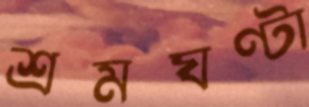
শ্রমঘণ্টা